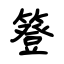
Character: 簦